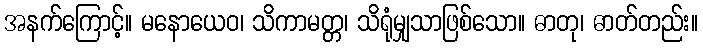
အနက်ကြောင့်။ မနောယေဝ၊ သိကာမတ္တ၊ သိရုံမျှသာဖြစ်သော။ ဓာတု၊ ဓာတ်တည်း။